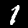
Digit: 1